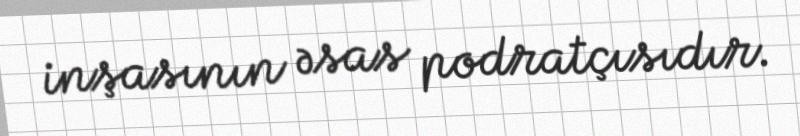
inşasının əsas podratçısıdır.